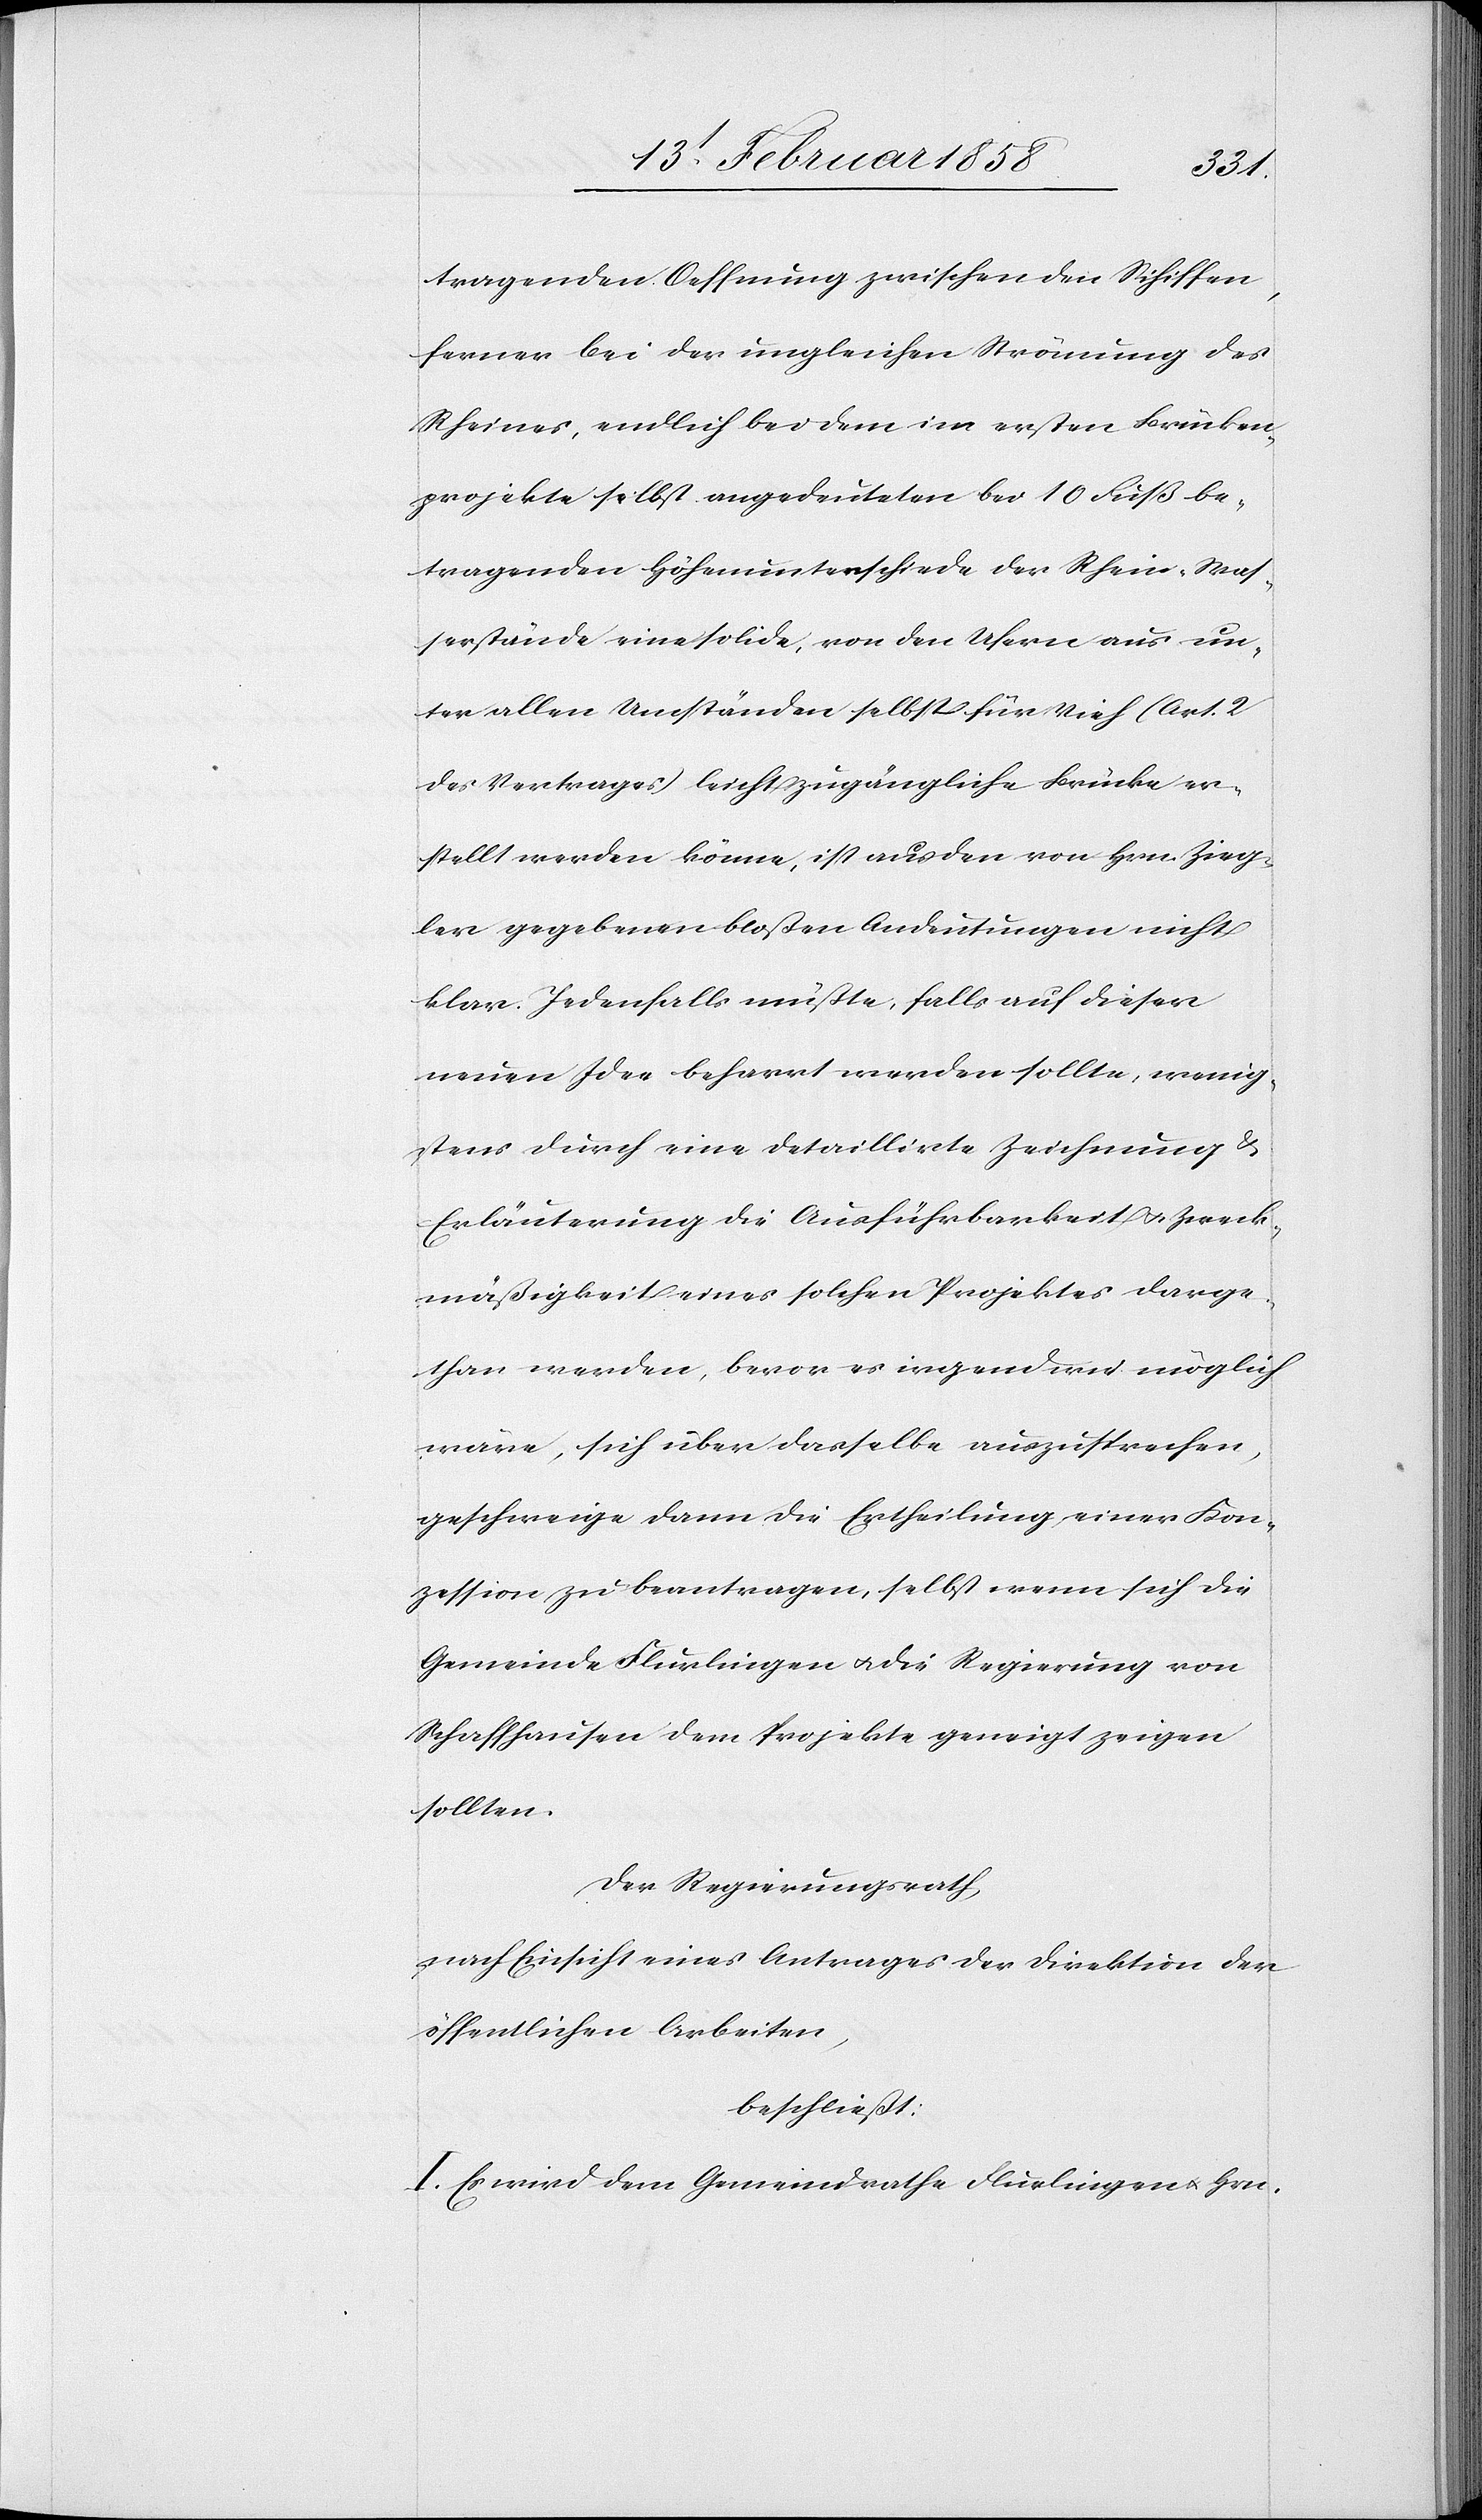
tragenden Oeffnung zwischen den Schiffen,
ferner bei der ungleichen Strömung des
Rheines, endlich bei dem im ersten Brücken¬
projekte selbst angedeuteten bei 10 Fuß be¬
tragenden Höhenunterschiede der Rhein-Was¬
serstände eine solide, von den Ufern aus un¬
ter allen Umständen selbst für Vieh (Art. 2
des Vertrages) leicht zugängliche Brücke er¬
stellt werden könne, ist aus den von Hrn. Zieg¬
ler gegebenen bloßen Andeutungen nicht
klar. Jedenfalls müßte, falls auf dieser
neuen Idee beharrt werden sollte, wenig¬
stens durch eine detaillirte Zeichnung &
Erläuterung die Ausführbarkeit u. Zweck¬
mäßigkeit eines solchen Projektes darge¬
than werden, bevor es irgendwie möglich
wäre, sich über dasselbe auszusprechen,
geschweige dann die Ertheilung einer Kon¬
zession zu beantragen, selbst wenn sich die
Gemeinde Flurlingen u. die Regierung von
Schaffhausen dem Projekte geneigt zeigen
sollten.
Der Regierungsrath,
nach Einsicht eines Antrages der Direktion der
öffentlichen Arbeiten,
beschließt:
I. Es wird dem Gemeindrathe Flurlingen u. Hrn.